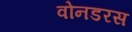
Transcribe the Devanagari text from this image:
वोनडरस